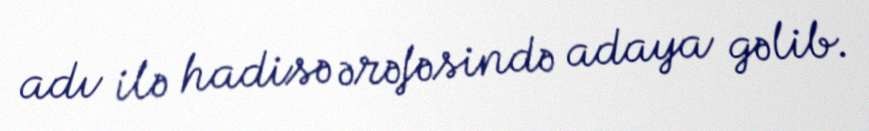
adı ilə hadisə ərəfəsində adaya gəlib.